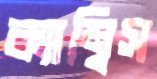
ক্যাম্বিস